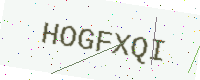
Text: HOGFXQI